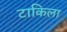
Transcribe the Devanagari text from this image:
टाकिला